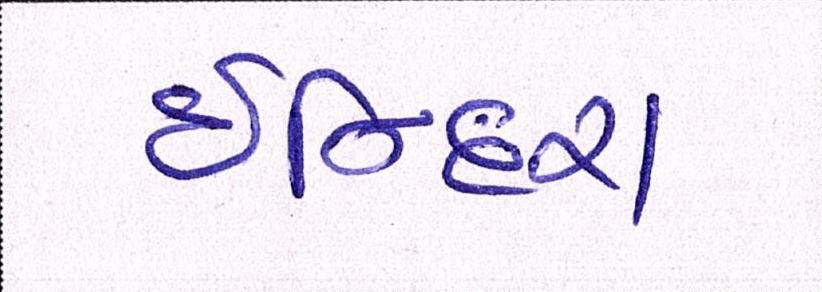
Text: ઈન્દિરા